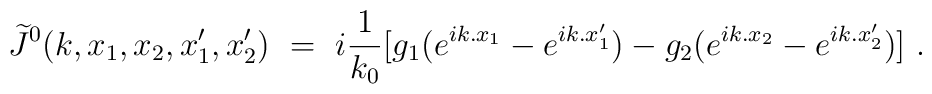
\widetilde J^0(k,x_1,x_2,x_1',x_2')\ =\ i\frac{1}{k_0}\big[g_1( e^{ik.x_1}-e^{ik.x_1'}) - g_2(e^{ik.x_2}- e^{ik.x_2'})\big]\ .